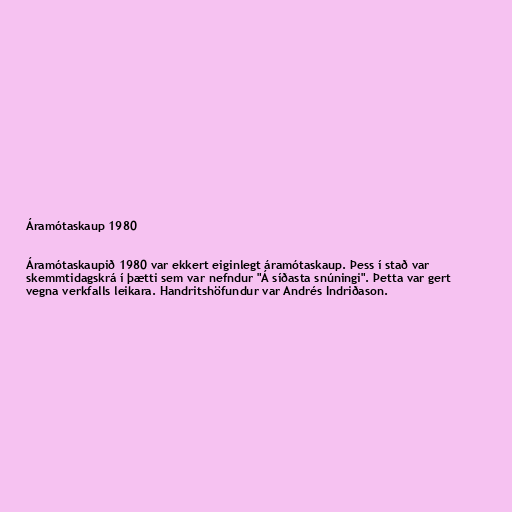
Áramótaskaup 1980

Áramótaskaupið 1980 var ekkert eiginlegt áramótaskaup. Þess í stað var
skemmtidagskrá í þætti sem var nefndur "Á síðasta snúningi". Þetta var gert
vegna verkfalls leikara. Handritshöfundur var Andrés Indriðason.